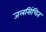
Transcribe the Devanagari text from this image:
जलसिंचित